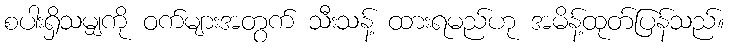
စပါးရှိသမျှကို ဝက်များအတွက် သီးသန့် ထားရမည်ဟု အမိန့်ထုတ်ပြန်သည်။